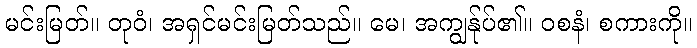
မင်းမြတ်။ တုဝံ၊ အရှင်မင်းမြတ်သည်။ မေ၊ အကျွန်ုပ်၏။ ဝစနံ၊ စကားကို။